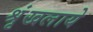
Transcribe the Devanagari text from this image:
श्रृंखलाये